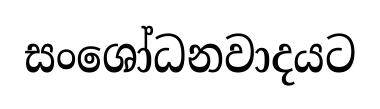
සංශෝධනවාදයට